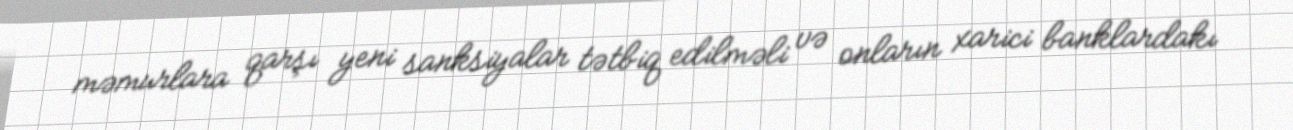
məmurlara qarşı yeni sanksiyalar tətbiq edilməli və onların xarici banklardakı